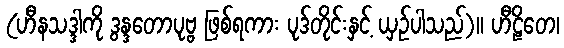
(ဟီနသဒ္ဒါကို ဒွန္ဒတောပုဗ္ဗ ဖြစ်ရကား ပုဒ်တိုင်းနှင့် ယှဉ်ပါသည်)။ ဟီဠိတေ၊